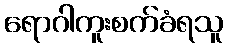
ရောဂါကူးစက်ခံရသူ